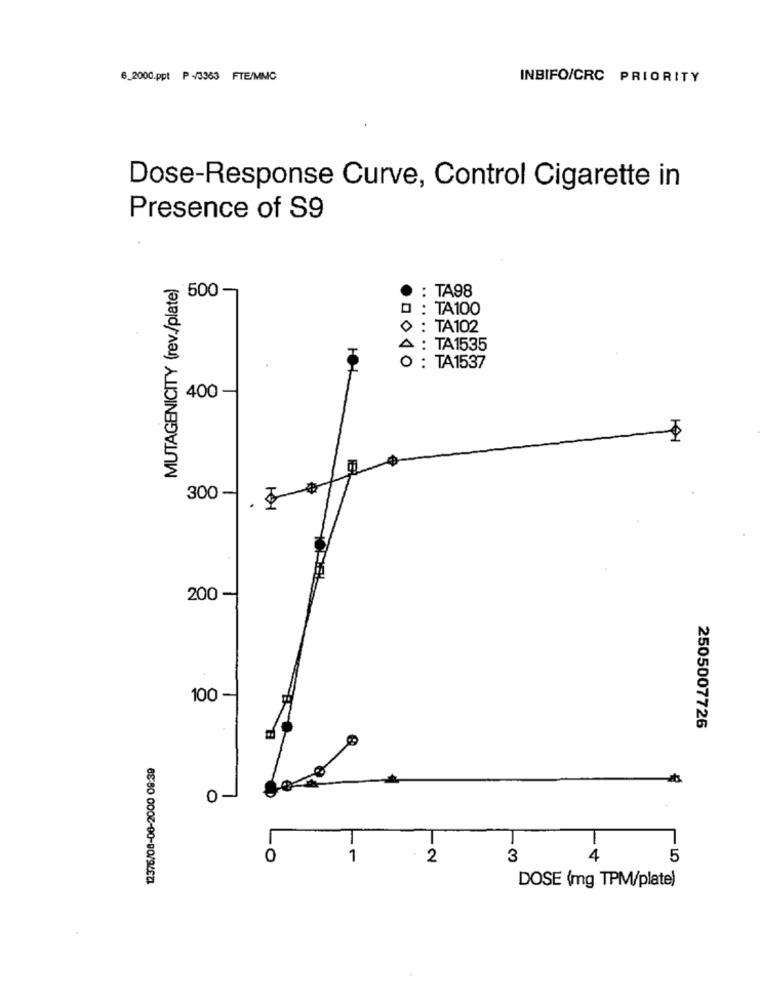
6_2000.ppt P -/3363 FTE/MMC
INBIFO/CRC PRIORITY
Dose-Response Curve, Control Cigarette in
Presence of S9
MUTAGENICITY (rev./plate)
500
· : TA98
0 : TA100
0 : TA102
A : TA1535
O : TA1537
400
300 -
200
100
2505007726
12376/08-06-2000 09:39
01
0
1
· 2
3
4
-LO
DOSE (mg TPM/plate)